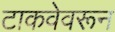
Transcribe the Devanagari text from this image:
टाकवेवरून